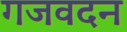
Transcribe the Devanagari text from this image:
गजवदन